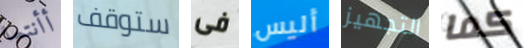
أأنتما ستوقف فى أليس التجهيز كما